Source: Handwritten
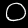
Digit: ၀ (0)